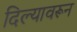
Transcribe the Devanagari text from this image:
दिल्यावरून